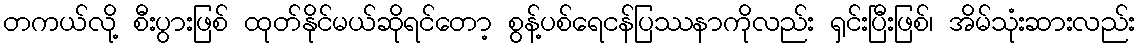
တကယ်လို့ စီးပွားဖြစ် ထုတ်နိုင်မယ်ဆိုရင်တော့ စွန့်ပစ်ရေငန်ပြဿနာကိုလည်း ရှင်းပြီးဖြစ်၊ အိမ်သုံးဆားလည်း